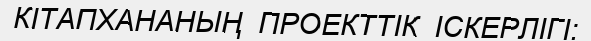
КІТАПХАНАНЫҢ  ПРОЕКТТІК  ІСКЕРЛІГІ: